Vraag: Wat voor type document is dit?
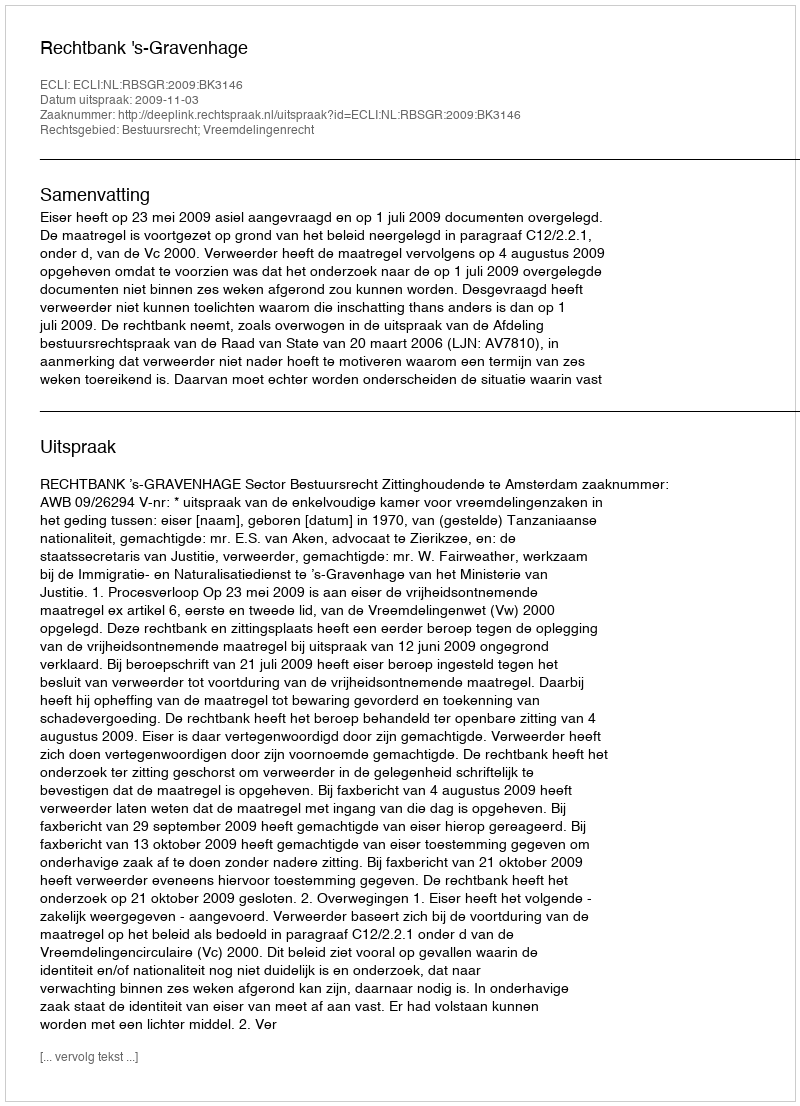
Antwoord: Uitspraak